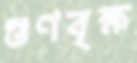
গুণবৃক্ষ